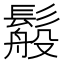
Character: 䰉